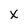
Character: x